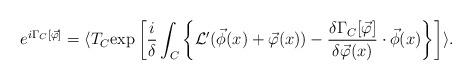
LaTeX: \begin{align*}e^{i \Gamma_C [\vec{\varphi}]} = \langle T_C \mbox{exp} \left[ \frac{i}{\delta} \int_C \left\{ {\cal L}' (\vec{\phi} (x) + \vec{\varphi} (x)) - \frac{\delta \Gamma_C [\vec{\varphi}]}{\delta \vec{\varphi} (x)} \cdot \vec{\phi} (x) \right\} \right] \rangle . \end{align*}